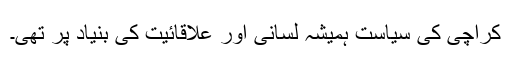
کراچی کی سیاست ہمیشہ لسانی اور علاقائیت کی بنیاد پر تھی۔